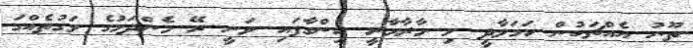
ތޫނު އެއްޗަކުން ހަމަލާދީ މި މާރާމާރީ ހިންގާފައި ވަނީ ރޭ މެންދަމުގެ ވަގުތެއްގަ